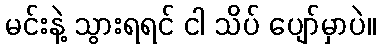
မင်းနဲ့ သွားရရင် ငါ သိပ် ပျော်မှာပဲ။